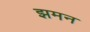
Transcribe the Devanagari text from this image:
झमन